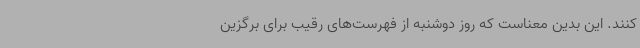
کنند. این بدین معناست که روز دوشنبه از فهرست‌های رقیب برای برگزین